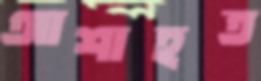
আশাহত